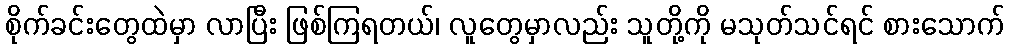
စိုက်ခင်းတွေထဲမှာ လာပြီး ဖြစ်ကြရတယ်၊ လူတွေမှာလည်း သူတို့ကို မသုတ်သင်ရင် စားသောက်